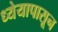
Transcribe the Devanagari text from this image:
ध्येयापासून